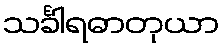
သင်္ခါရဓာတုယာ